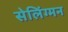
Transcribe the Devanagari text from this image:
सेलिंग्मन